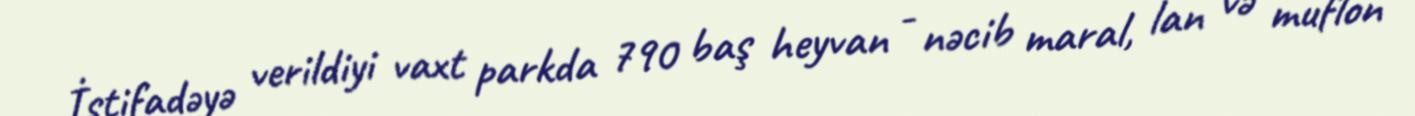
İstifadəyə verildiyi vaxt parkda 790 baş heyvan - nəcib maral, lan və muflon